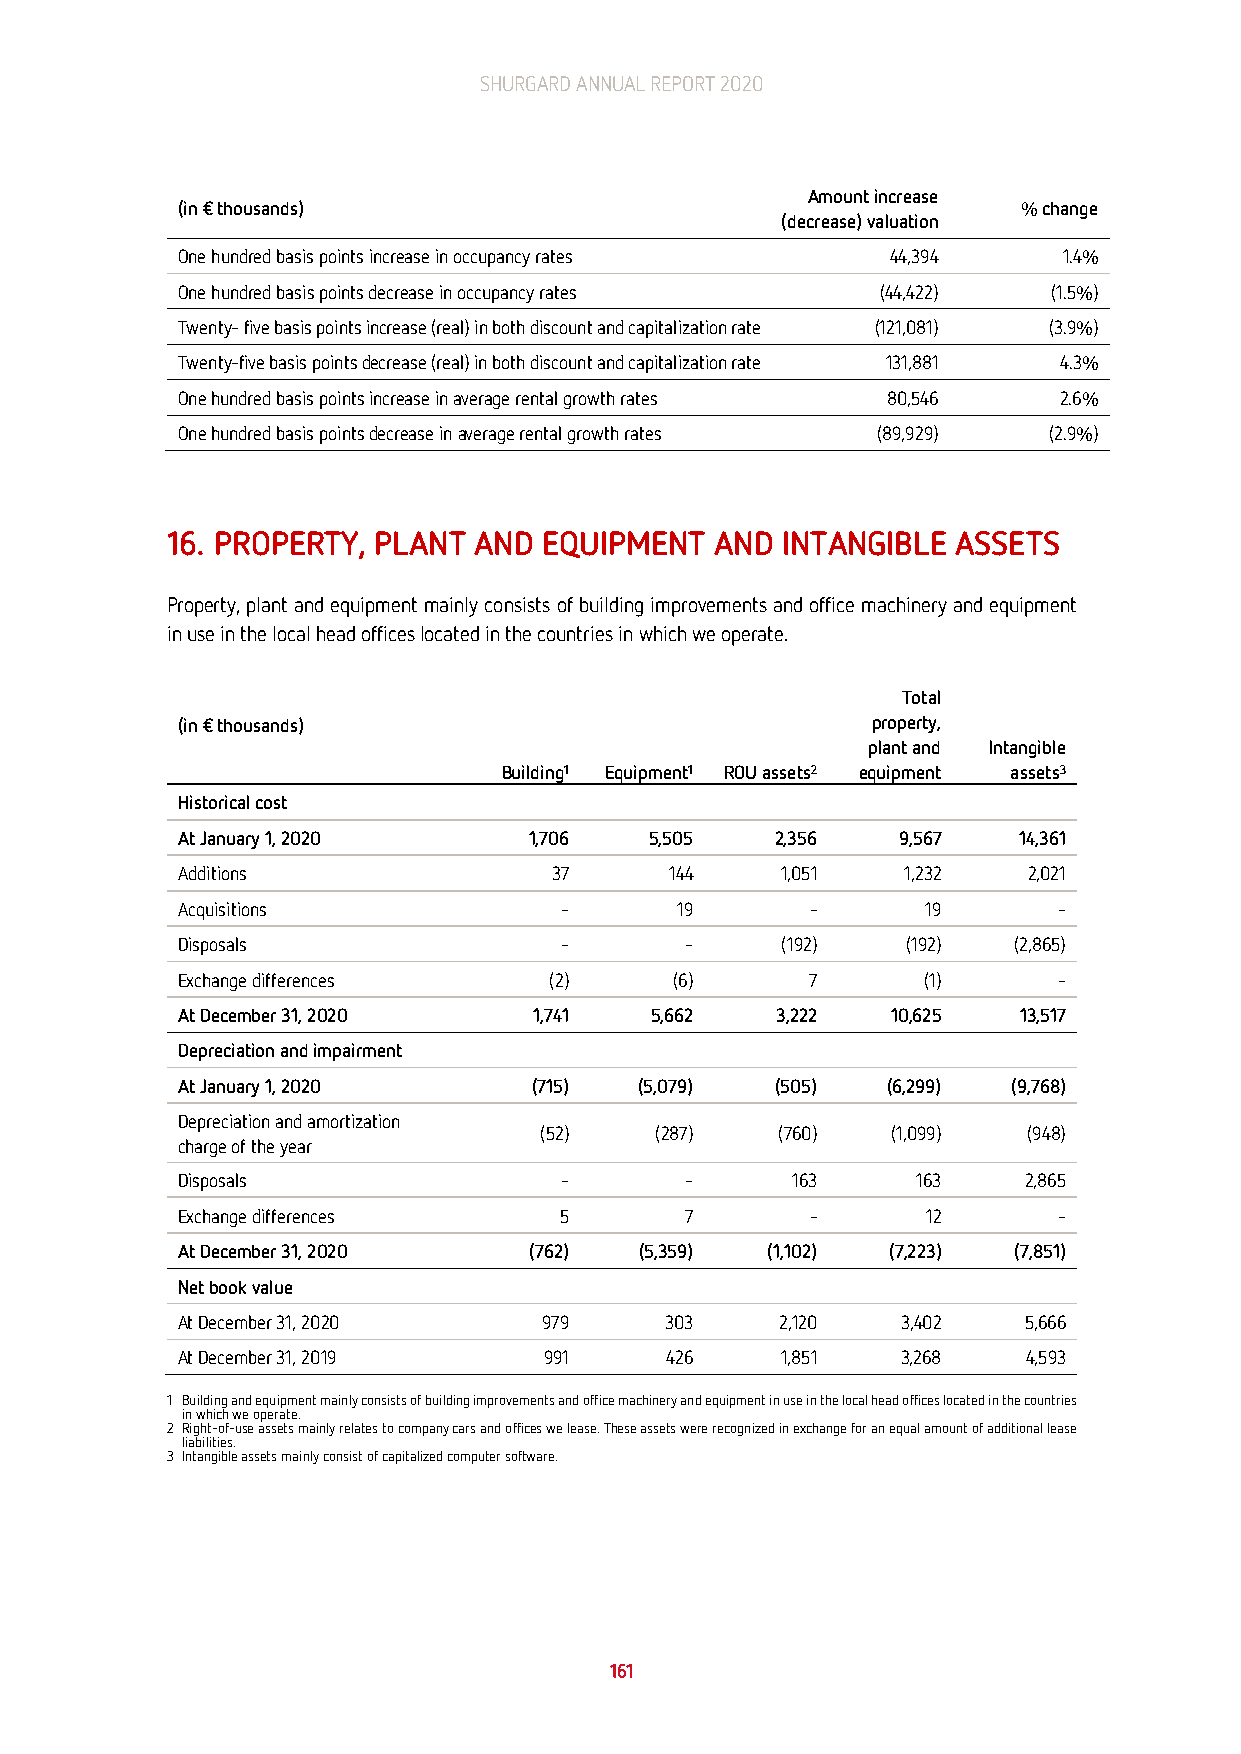
SHURGARD ANNUAL REPORT 2020
 Amount increase
 (in € thousands)                                        % change
 (decrease) valuation
 One hundred basis points increase in occupancy rates 44,394 1.4%
 One hundred basis points decrease in occupancy rates (44,422) (1.5%)
 Twenty- five basis points increase (real) in both discount and capitalization rate (121,081) (3.9%)
 Twenty-five basis points decrease (real) in both discount and capitalization rate 131,881 4.3%
 One hundred basis points increase in average rental growth rates 80,546 2.6%
 One hundred basis points decrease in average rental growth rates (89,929) (2.9%)
 16. PROPERTY, PLANT AND  EQUIPMENT  AND  INTANGIBLE ASSETS
 Property, plant and equipment mainly consists of building improvements and office machinery and equipment
 in use in the local head offices located in the countries in which we operate.
 Total
 (in € thousands)                              property,
 plant and Intangible
 Building1 Equipment1 ROU assets2 equipment assets3
 Historical cost
 At January 1, 2020     1,706   5,505   2,356   9,567   14,361
 Additions                37     144     1,051   1,232   2,021
 Acquisitions             -       19       -      19       -
 Disposals                -       -      (192)   (192)  (2,865)
 Exchange differences    (2)      (6)      7      (1)      -
 At December 31, 2020   1,741   5,662   3,222   10,625  13,517
 Depreciation and impairment
 At January 1, 2020     (715)  (5,079)  (505)   (6,299) (9,768)
 Depreciation and amortization
 (52)   (287)   (760)   (1,099)  (948)
 charge of the year
 Disposals                -       -      163      163    2,865
 Exchange differences     5       7        -      12       -
 At December 31, 2020   (762)  (5,359)  (1,102) (7,223) (7,851)
 Net book value
 At December 31, 2020    979     303     2,120   3,402   5,666
 At December 31, 2019    991     426     1,851   3,268   4,593
 1 Building and equipment mainly consists of building improvements and office machinery and equipment in use in the local head offices located in the countries
 in which we operate.
 2 Right-of-use assets mainly relates to company cars and offices we lease. These assets were recognized in exchange for an equal amount of additional lease
 liabilities.
 3 Intangible assets mainly consist of capitalized computer software.
 161